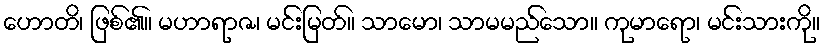
ဟောတိ၊ ဖြစ်၏။ မဟာရာဇ၊ မင်းမြတ်။ သာမော၊ သာမမည်သော။ ကုမာရော၊ မင်းသားကို။